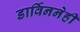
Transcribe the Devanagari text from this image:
डार्विननेही